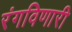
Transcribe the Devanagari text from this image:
रंगविणारी